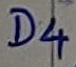
Text: D4